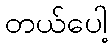
တယ်ပေါ့